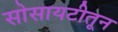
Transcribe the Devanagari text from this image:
सोसायटीतून